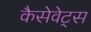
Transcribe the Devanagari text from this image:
कैसेवेट्स